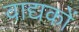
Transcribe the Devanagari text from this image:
वाद्यकों